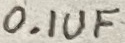
Text: 0.01F